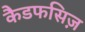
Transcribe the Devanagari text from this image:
कैडफसिज़